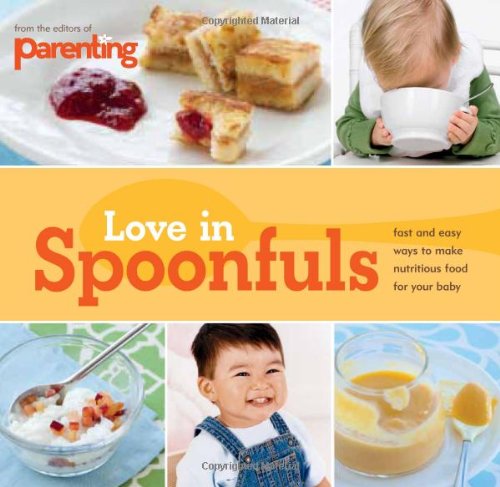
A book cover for Parenting: Love in Spoonfuls; Editors of Parenting Magazine; Cookbooks, Food & Wine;